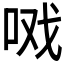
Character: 𰇣